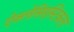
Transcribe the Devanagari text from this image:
ऐक्लेसिएस्टिकल